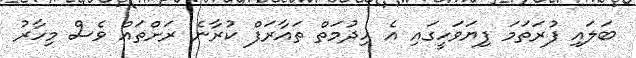
ބަލައި ފުރަތަމަ ފިޔަވަހީގައި އެ ހިދުމަތް ތައާރަފް ކުރާނެ ރަށްތައް ވެސް މިހާރު